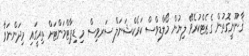
ޤާނޫނީގޮތުން ގެޒެޓްކުރެވޭ ލިޔުން މޯލްޑިވްސް ކަރެކްޝަނަލް ސަރވިސް މި ޑިޕާޓްމަންޓަށް ތިރީގައި މިދަންނަވާ